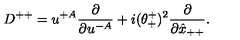
D ^ { + + } = u ^ { + A } { \frac { \partial } { \partial u ^ { - A } } } + i ( \theta _ { + } ^ { + } ) ^ { 2 } { \frac { \partial } { \partial \hat { x } _ { + + } } } .